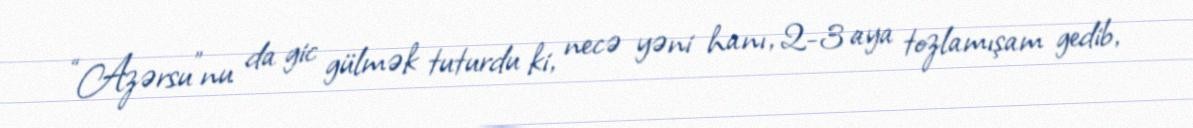
“Azərsu”nu da gic gülmək tuturdu ki, necə yəni hanı, 2-3 aya tozlamışam gedib,